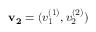
\mathbf { v _ { 2 } } = ( v _ { 1 } ^ { ( 1 ) } , v _ { 2 } ^ { ( 2 ) } )